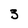
Character: 3